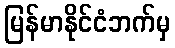
မြန်မာနိုင်ငံဘက်မှ